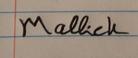
Signature authenticity: forged